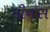
મીનસ